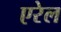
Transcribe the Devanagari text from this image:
एरेल